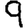
Digit: 9